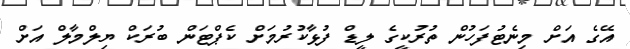
އޭގެ އަށް މިނެޓުފަހުން ތުރުކީގެ ލީޑް ފުޅާކުރުމަށް ކެޕްޓަން ބުރަކް ޔިލްމާލް އަށް